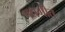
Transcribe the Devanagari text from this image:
पद्यगीत